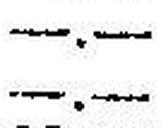
—.—